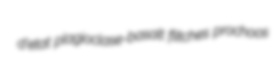
d'etat plagioclase-basalt flitches prochoos